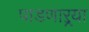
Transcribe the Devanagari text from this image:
पाडणाऱ्र्‍या